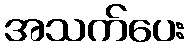
အသက်ပေး